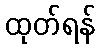
ထုတ်ရန်